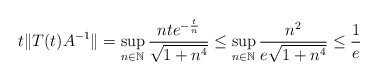
\begin{align*}t\|T(t)A^{-1}\| = \sup_{n \in \mathbb{N}} \frac{nte^{-\frac{t}{n}}}{\sqrt{1+n^4}} \leq \sup_{n \in \mathbb{N}} \frac{n^2}{e\sqrt{1+n^4}} \leq \frac{1}{e}\end{align*}